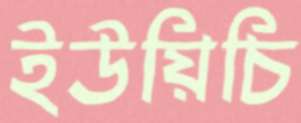
ইউয়িচি